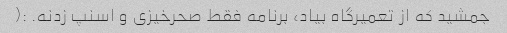
جمشید که از تعمیرگاه بیاد، برنامه فقط صحرخیزی و اسنپ زدنه. :(